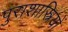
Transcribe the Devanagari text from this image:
पुराशास्त्रियों